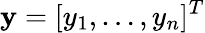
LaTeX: \mathbf{y}=[y_{1},\dots,y_{n}]^{T}